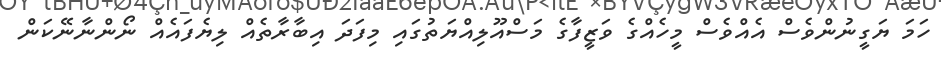
ހަމަ ޔަގީނުންވެސް އެއްވެސް މީހެއްގެ ވަޒީފާގެ މަސްއޫލިއްޔަތުގައި މިފަދަ އިބާރާތެއް ލިޔެފައެއް ނޯންނާނޭކަން